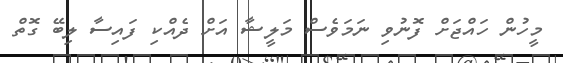
މީހުން ހައްޖަށް ފޮނުވި ނަމަވެސް މަލީޝާ އަށް ދެއްކި ފައިސާ ލިބޭ ގޮތް